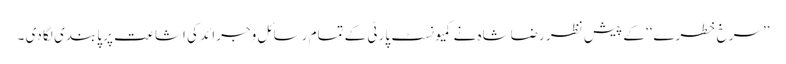
’’سرخ خطرے‘‘ کے پیش نظر رضاشاہ نے کمیونسٹ پارٹی کے تمام رسائل وجرائد کی اشاعت پر پابندی لگا دی ۔